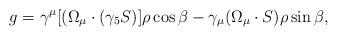
LaTeX: \begin{align*}g = \gamma^{\mu}[(\Omega_{\mu}\cdot (\gamma_5 S)]\rho\cos{\beta} -\gamma_{\mu}(\Omega_{\mu}\cdot S)\rho\sin{\beta} ,\end{align*}